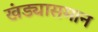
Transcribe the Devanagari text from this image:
खंड्यासमान